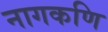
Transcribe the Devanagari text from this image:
नागकणि